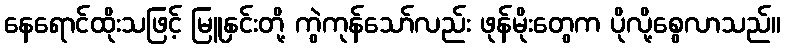
နေရောင်ထိုးသဖြင့် မြူနှင်းတို့ ကွဲကုန်သော်လည်း ဖုန်မိုးတွေက ပိုလို့စွေလာသည်။